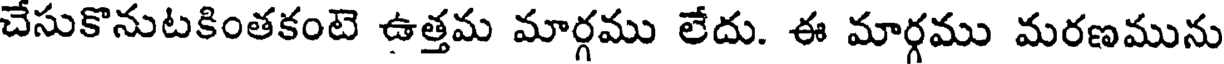
చేసుకొనుటకింతకంటె ఉత్తమ మార్గము లేదు. ఈ మార్గము మరణమును